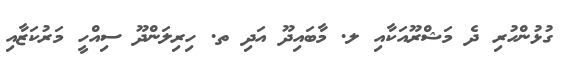
ގުޅުންހުރި ދެ މަޝްރޫއަކާއި ލ. މާބައިދޫ އަދި ތ. ހިރިލަންދޫ ސިއްހީ މަރުކަޒާއި